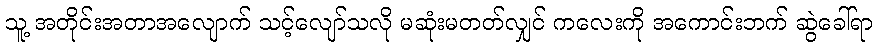
သူ့ အတိုင်းအတာအလျောက် သင့်လျော်သလို မဆုံးမတတ်လျှင် ကလေးကို အကောင်းဘက် ဆွဲခေါ်ရာ